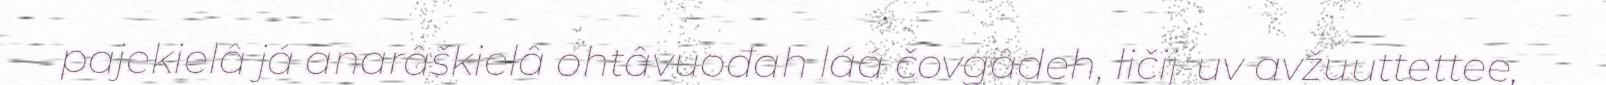
pajekielâ já anarâškielâ ohtâvuođah láá čovgâdeh, ličij-uv avžuuttettee,